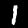
Digit: 1